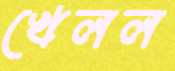
খেলল